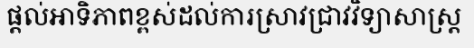
ផ្តល់អាទិភាពខ្ពស់ដល់ការស្រាវជ្រាវវិទ្យាសាស្ត្រ